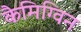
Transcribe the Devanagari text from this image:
कैमिग्विन